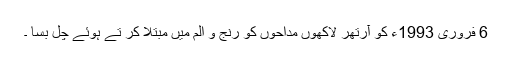
6 فروری 1993ء کو آرتھر لاکھوں مداحوں کو رنج و الم میں مبتلا کر تے ہوئے چل بسا ۔